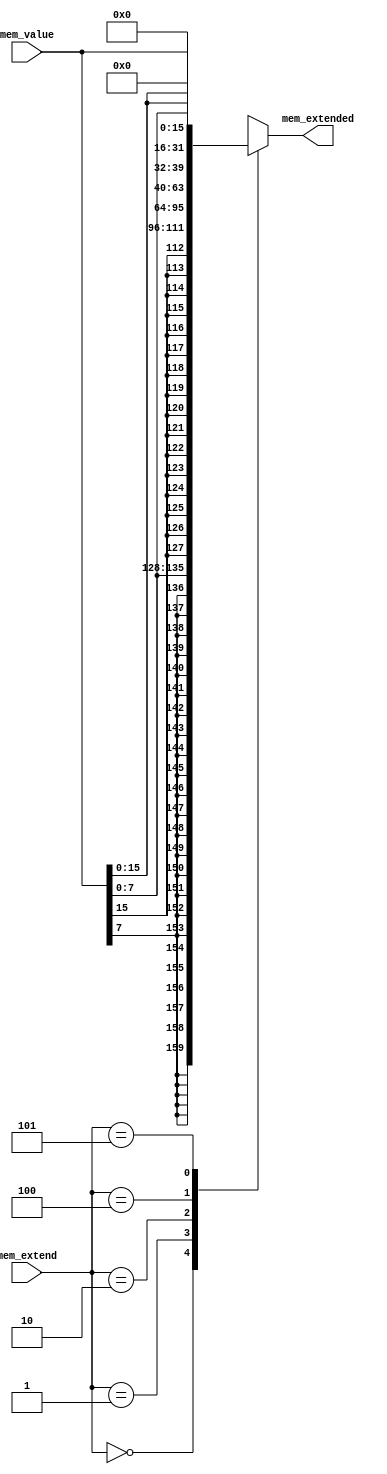
/* Mdulo utilizado para realizar a extenso de um valor proveniente da memria RAM, para ser corretamente
armazenado em um registrador. 
*/
module memsx (
    input [2:0] mem_extend, // entrada para definir qual deve ser a extenso a ser realizada
    input [31:0] mem_value, // entrada do valor de memria
    output [31:0] mem_extended // sada do valor de memria estendido e corrigido
);
reg [31:0] mem_extended_r;

always @(*) begin
    case (mem_extend)
        3'b000: mem_extended_r = {{24{mem_value[7]}},mem_value[7:0]}; // caso mem_extend for 0, realiza uma extenso signed para um palavra de 8-bits, ou seja, mantm os ltimos 8 bits, e todos os outros 24 sero iguais ao bit de sinal deste valor de 8bits
        3'b001: mem_extended_r = {{16{mem_value[15]}}, mem_value[15:0]}; // anlogo ao anterior, mas com uma palavra signed de 16 bits
        3'b010: mem_extended_r = mem_value; // utilizada para armazenar uma palavra de 32-bits, logo no  feita nenhuma extenso
        3'b100: mem_extended_r = {{24{1'b0}}, mem_value[7:0]}; // extenso para um palavra de 8-bits unsigned, desta vez os 24 bits mais significativos so preenchidos com 0
        3'b101: mem_extended_r = {{16{1'b0}}, mem_value[15:0]}; // anlogo ao anterior, mas com uma palavra de 16-bits
        default: mem_extended_r = 32'hxxxxxxxx;
    endcase    
end
assign mem_extended = mem_extended_r;

endmodule